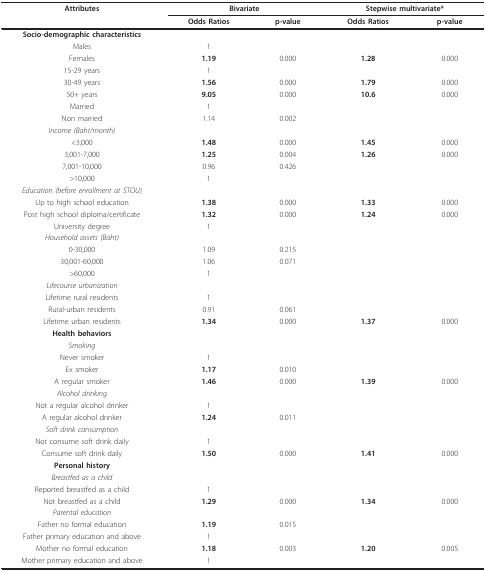
<table><thead><tr><td><b>Attributes</b></td><td colspan="2"><b>Bivariate</b></td><td colspan="2"><b>Stepwise multivariate*</b></td></tr><tr><td></td><td><b>Odds Ratios</b></td><td><b>p-value</b></td><td><b>Odds Ratios</b></td><td><b>p-value</b></td></tr></thead><tbody><tr><td><b>Socio-demographic characteristics</b></td><td></td><td></td><td></td><td></td></tr><tr><td>Males</td><td>1</td><td></td><td></td><td></td></tr><tr><td>Females</td><td><b>1.19</b></td><td>0.000</td><td><b>1.28</b></td><td>0.000</td></tr><tr><td>15-29 years</td><td>1</td><td></td><td></td><td></td></tr><tr><td>30-49 years</td><td><b>1.56</b></td><td>0.000</td><td><b>1.79</b></td><td>0.000</td></tr><tr><td>50+ years</td><td><b>9.05</b></td><td>0.000</td><td><b>10.6</b></td><td>0.000</td></tr><tr><td>Married</td><td>1</td><td></td><td></td><td></td></tr><tr><td>Non married</td><td>1.14</td><td>0.002</td><td></td><td></td></tr><tr><td><i>Income (Baht/month)</i></td><td></td><td></td><td></td><td></td></tr><tr><td>&lt;3,000</td><td><b>1.48</b></td><td>0.000</td><td><b>1.45</b></td><td>0.000</td></tr><tr><td>3,001-7,000</td><td><b>1.25</b></td><td>0.004</td><td><b>1.26</b></td><td>0.000</td></tr><tr><td>7,001-10,000</td><td>0.96</td><td>0.426</td><td></td><td></td></tr><tr><td>&gt;10,000</td><td>1</td><td></td><td></td><td></td></tr><tr><td><i>Education (before enrollment at STOU)</i></td><td></td><td></td><td></td><td></td></tr><tr><td>Up to high school education</td><td><b>1.38</b></td><td>0.000</td><td><b>1.33</b></td><td>0.000</td></tr><tr><td>Post high school diploma/certificate</td><td><b>1.32</b></td><td>0.000</td><td><b>1.24</b></td><td>0.000</td></tr><tr><td>University degree</td><td>1</td><td></td><td></td><td></td></tr><tr><td><i>Household assets (Baht)</i></td><td></td><td></td><td></td><td></td></tr><tr><td>0-30,000</td><td>1.09</td><td>0.215</td><td></td><td></td></tr><tr><td>30,001-60,000</td><td>1.06</td><td>0.071</td><td></td><td></td></tr><tr><td>&gt;60,000</td><td>1</td><td></td><td></td><td></td></tr><tr><td><i>Lifecourse urbanization</i></td><td></td><td></td><td></td><td></td></tr><tr><td>Lifetime rural residents</td><td>1</td><td></td><td></td><td></td></tr><tr><td>Rural-urban residents</td><td>0.91</td><td>0.061</td><td></td><td></td></tr><tr><td>Lifetime urban residents</td><td><b>1.34</b></td><td>0.000</td><td><b>1.37</b></td><td>0.000</td></tr><tr><td><b>Health behaviors</b></td><td></td><td></td><td></td><td></td></tr><tr><td><i>Smoking</i></td><td></td><td></td><td></td><td></td></tr><tr><td>Never smoker</td><td>1</td><td></td><td></td><td></td></tr><tr><td>Ex smoker</td><td><b>1.17</b></td><td>0.010</td><td></td><td></td></tr><tr><td>A regular smoker</td><td><b>1.46</b></td><td>0.000</td><td><b>1.39</b></td><td>0.000</td></tr><tr><td><i>Alcohol drinking</i></td><td></td><td></td><td></td><td></td></tr><tr><td>Not a regular alcohol drinker</td><td>1</td><td></td><td></td><td></td></tr><tr><td>A regular alcohol drinker</td><td><b>1.24</b></td><td>0.011</td><td></td><td></td></tr><tr><td><i>Soft drink consumption</i></td><td></td><td></td><td></td><td></td></tr><tr><td>Not consume soft drink daily</td><td>1</td><td></td><td></td><td></td></tr><tr><td>Consume soft drink daily</td><td><b>1.50</b></td><td>0.000</td><td><b>1.41</b></td><td>0.000</td></tr><tr><td><b>Personal history</b></td><td></td><td></td><td></td><td></td></tr><tr><td><i>Breastfed as a child</i></td><td></td><td></td><td></td><td></td></tr><tr><td>Reported breastfed as a child</td><td>1</td><td></td><td></td><td></td></tr><tr><td>Not breastfed as a child</td><td><b>1.29</b></td><td>0.000</td><td><b>1.34</b></td><td>0.000</td></tr><tr><td><i>Parental education</i></td><td></td><td></td><td></td><td></td></tr><tr><td>Father no formal education</td><td><b>1.19</b></td><td>0.015</td><td></td><td></td></tr><tr><td>Father primary education and above</td><td>1</td><td></td><td></td><td></td></tr><tr><td>Mother no formal education</td><td><b>1.18</b></td><td>0.003</td><td><b>1.20</b></td><td>0.005</td></tr><tr><td>Mother primary education and above</td><td>1</td><td></td><td></td><td></td></tr></tbody></table>